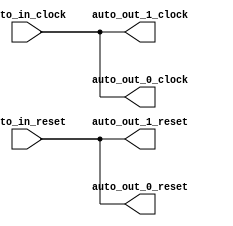
module FixedClockBroadcast_2(
  input   auto_in_clock,
  input   auto_in_reset,
  output  auto_out_1_clock,
  output  auto_out_1_reset,
  output  auto_out_0_clock,
  output  auto_out_0_reset
);
  assign auto_out_1_clock = auto_in_clock; // @[Nodes.scala 1210:84 LazyModule.scala 309:16]
  assign auto_out_1_reset = auto_in_reset; // @[Nodes.scala 1210:84 LazyModule.scala 309:16]
  assign auto_out_0_clock = auto_in_clock; // @[Nodes.scala 1210:84 LazyModule.scala 309:16]
  assign auto_out_0_reset = auto_in_reset; // @[Nodes.scala 1210:84 LazyModule.scala 309:16]
endmodule